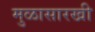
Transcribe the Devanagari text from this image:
मुळासारखी